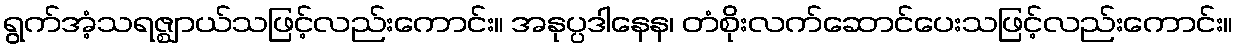
ရွက်အံ့သရဇ္ဈာယ်သဖြင့်လည်းကောင်း။ အနုပ္ပဒါနေန၊ တံစိုးလက်ဆောင်ပေးသဖြင့်လည်းကောင်း။